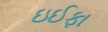
ઇઈફા